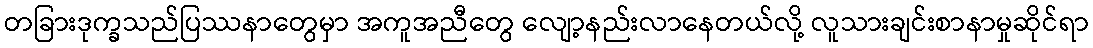
တခြားဒုက္ခသည်ပြဿနာတွေမှာ အကူအညီတွေ လျော့နည်းလာနေတယ်လို့ လူသားချင်းစာနာမှုဆိုင်ရာ